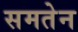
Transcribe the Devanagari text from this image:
समतेन